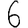
Digit: 6